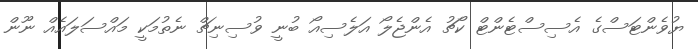
ޔުވެންޓަސްގެ އެސިސްޓެންޓް ކޯޗު އެންޖެލޯ އަލެސިއޯ ބުނީ ވުސިނިޗް ނެތުމަކީ މައްސަލައެއް ނޫން